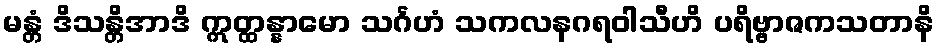
မန္တံ ဒိသန္တိအာဒိ ဣတ္ထန္နာမော သင်္ဂဟံ သကလနဂရဝါသီဟိ ပရိဗ္ဗာဇကသတာနိ